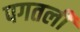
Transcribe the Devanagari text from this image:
पगतली